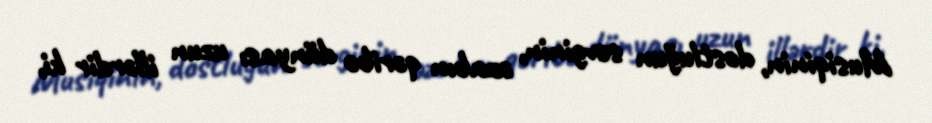
Musiqinin, dostluğun sevginin, əzabın qəribə dünyası uzun illərdir ki,